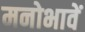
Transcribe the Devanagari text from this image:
मनोभावें